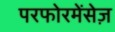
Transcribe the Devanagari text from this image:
परफोरमेंसेज़